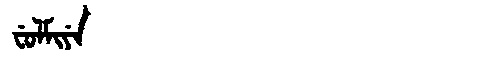
Manchu: ᠸᡠᠯᠮᡳᠶᡝ
Romanization: FULMIYE